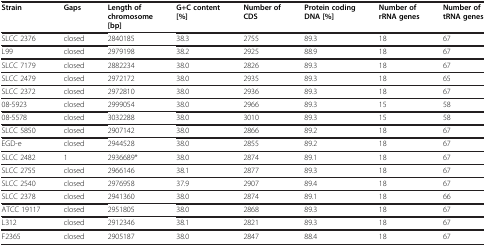
<table><thead><tr><td><b>Strain</b></td><td><b>Gaps</b></td><td><b>Length of chromosome[bp]</b></td><td><b>G+C content[%]</b></td><td><b>Number of CDS</b></td><td><b>Protein coding DNA[%]</b></td><td><b>Number of rRNA genes</b></td><td><b>Number of tRNA genes</b></td></tr></thead><tbody><tr><td>SLCC 2376</td><td>closed</td><td>2840185</td><td>38.3</td><td>2755</td><td>89.3</td><td>18</td><td>67</td></tr><tr><td>L99</td><td>closed</td><td>2979198</td><td>38.2</td><td>2925</td><td>88.9</td><td>18</td><td>67</td></tr><tr><td>SLCC 7179</td><td>closed</td><td>2882234</td><td>38.0</td><td>2826</td><td>89.3</td><td>18</td><td>67</td></tr><tr><td>SLCC 2479</td><td>closed</td><td>2972172</td><td>38.0</td><td>2935</td><td>89.3</td><td>18</td><td>65</td></tr><tr><td>SLCC 2372</td><td>closed</td><td>2972810</td><td>38.0</td><td>2936</td><td>89.3</td><td>18</td><td>67</td></tr><tr><td>08-5923</td><td>closed</td><td>2999054</td><td>38.0</td><td>2966</td><td>89.3</td><td>15</td><td>58</td></tr><tr><td>08-5578</td><td>closed</td><td>3032288</td><td>38.0</td><td>3010</td><td>89.3</td><td>15</td><td>58</td></tr><tr><td>SLCC 5850</td><td>closed</td><td>2907142</td><td>38.0</td><td>2866</td><td>89.2</td><td>18</td><td>67</td></tr><tr><td>EGD-e</td><td>closed</td><td>2944528</td><td>38.0</td><td>2855</td><td>89.2</td><td>18</td><td>67</td></tr><tr><td>SLCC 2482</td><td>1</td><td>2936689*</td><td>38.0</td><td>2874</td><td>89.1</td><td>18</td><td>67</td></tr><tr><td>SLCC 2755</td><td>closed</td><td>2966146</td><td>38.1</td><td>2877</td><td>89.3</td><td>18</td><td>67</td></tr><tr><td>SLCC 2540</td><td>closed</td><td>2976958</td><td>37.9</td><td>2907</td><td>89.4</td><td>18</td><td>67</td></tr><tr><td>SLCC 2378</td><td>closed</td><td>2941360</td><td>38.0</td><td>2874</td><td>89.1</td><td>18</td><td>66</td></tr><tr><td>ATCC 19117</td><td>closed</td><td>2951805</td><td>38.0</td><td>2868</td><td>89.3</td><td>18</td><td>67</td></tr><tr><td>L312</td><td>closed</td><td>2912346</td><td>38.1</td><td>2821</td><td>89.3</td><td>18</td><td>67</td></tr><tr><td>F2365</td><td>closed</td><td>2905187</td><td>38.0</td><td>2847</td><td>88.4</td><td>18</td><td>67</td></tr></tbody></table>